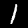
Digit: 1